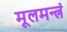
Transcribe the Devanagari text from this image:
मूलमन्त्रं